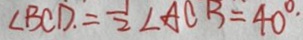
\angle B C D . = \frac { 1 } { 2 } \angle A C B = 4 0 ^ { \circ } .